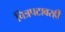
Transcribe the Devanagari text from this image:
चित्रपटावरही